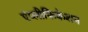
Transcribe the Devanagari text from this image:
एंप्लीफिकेशन